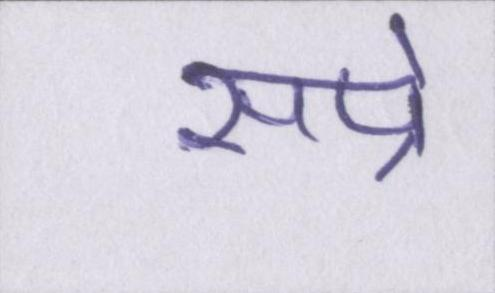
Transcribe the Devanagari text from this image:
सप्रे